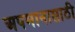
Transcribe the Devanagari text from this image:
अपमानासाठी